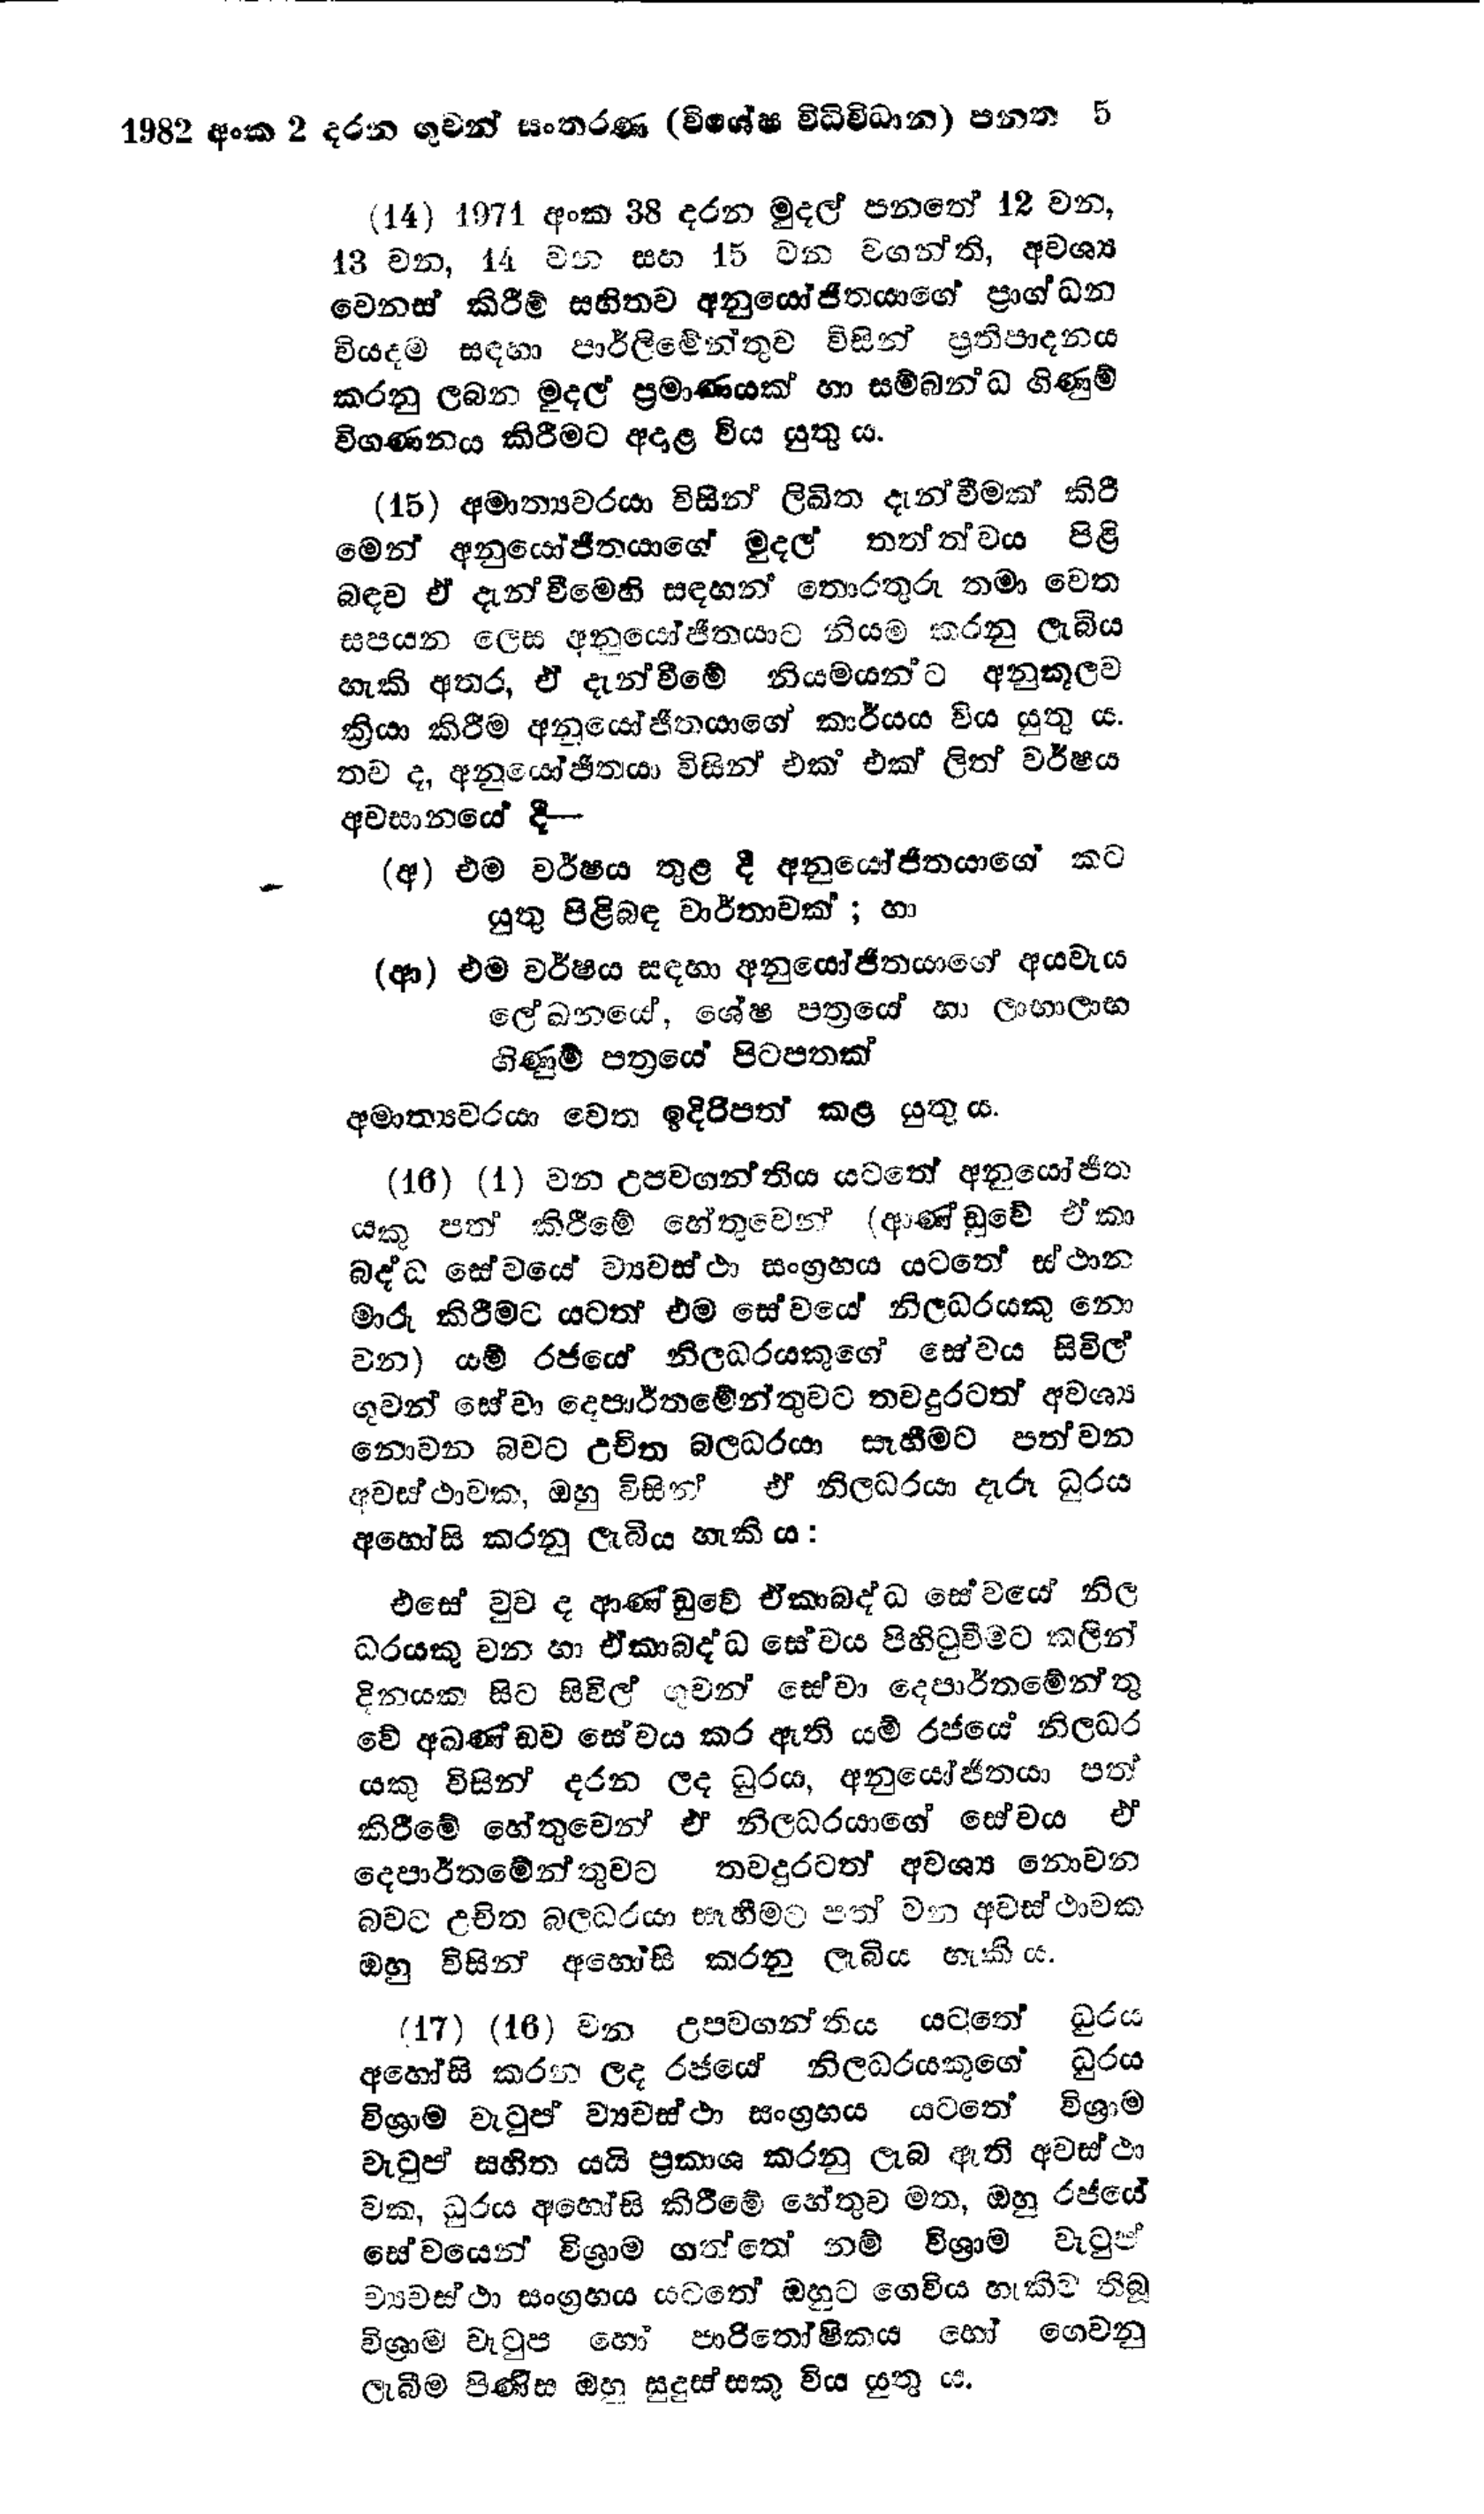
1982 අංක 2 දරන ගුවන් සංතරණ (විශේෂ විධිවිධාන) පනත 5

(14) 1971 අංක 38 දරන මුදල් පනතේ 12 වන,
13 වන, 14 වන සහ 15 වන වගන්ති, අවශ්‍ය
වෙනස් කිරීම් සහිතව අනුයෝජිතයාගේ ප්‍රාග්ධන
වියදම සඳහා පාර්ලිමේන්තුව විසින් ප්‍රතිපාදනය
කරනු ලබන මුදල් ප්‍රමාණයක් හා සම්බන්ධ ගිණුම්
විගණනය කිරීමට අදාළ විය යුතු ය.

(15) අමාත්‍යවරයා විසින් ලිඛිත දැන්වීමක් කිරී
මෙන් අනුයෝජිතයාගේ මුදල් තත්ත්වය පිළි
බඳව ඒ දැන්වීමෙහි සඳහන් තොරතුරු තමා වෙත
සපයන ලෙස අනුයෝජිතයාට නියම කරනු ලැබිය
හැකි අතර, ඒ දැන්වීමේ නියමයන්ට අනුකූලව
ක්‍රියා කිරීම අනුයෝජිතයාගේ කාර්යය විය යුතු ය.
තව ද, අනුයෝජිතයා විසින් එක් එක් ලිත් වර්ෂය
අවසානයේ දී-

(අ) එම වර්ෂය තුළ දී අනුයෝජිතයාගේ කට
යුතු පිළිබඳ වාර්තාවක්'; හා

(ආ) එම වර්ෂය සඳහා අනුයෝජිතයාගේ අයවැය
ලේඛනයේ, ශේෂ පත්‍රයේ හා ලාභාලාභ
ගිණුම් පත්‍රයේ පිටපතක්

අමාත්‍යවරයා වෙත ඉදිරිපත් කළ යුතුය.

(16) (1) වන උපවගන්තිය යටතේ අනුයෝජිත
යකු පත් කිරීමේ හේතුවෙන් (ආණ්ඩුවේ ඒකා
බද්ධ සේවයේ ව්‍යවස්ථා සංග්‍රහය යටතේ ස්ථාන
මාරු කිරීමට යටත් එම සේවයේ නිලධරයකු නො
වන) යම් රජයේ නිලධරයකුගේ සේවය සිවිල්
ගුවන් සේවා දෙපාර්තමේන්තුවට තවදුරටත් අවශ්‍ය
නොවන බවට උචිත බලධරයා සෑහීමට පත්වන
අවස්ථාවක, ඔහු විසින් ඒ නිලධරයා දැරූ ධුරය
අහෝසි කරනු ලැබිය හැකිය:

එසේ වුව ද ආණ්ඩුවේ ඒකාබද්ධ සේවයේ නිල
ධරයකු වන හා ඒකාබද්ධ සේවය පිහිටුවීමට කලින්
දිනයක සිට සිවිල් ගුවන් සේවා දෙපාර්තමේන්තු
වේ අඛණ්ඩව සේවය කර ඇති යම් රජයේ නිලධර
යකු විසින් දරන ලද ධුරය, අනුයෝජිතයා පත්
කිරීමේ හේතුවෙන් ඒ නිලධරයාගේ සේවය ඒ
දෙපාර්තමේන්තුවට තවදුරටත් අවශ්‍ය නොවන
බවට උචිත බලධරයා සෑහීමට පත් වන අවස්ථාවක
ඔහු විසින් අහෝසි කරනු ලැබිය හැකි ය.

(17) (16) වන උපවගන්තිය යටතේ ධුරය
අහෝසි කරන ලද රජයේ නිලධරයකුගේ ධුරය
විශ්‍රාම වැටුප් ව්‍යවස්ථා සංග්‍රහය යටතේ විශ්‍රාම
වැටුප් සහිත යයි ප්‍රකාශ කරනු ලැබ ඇති අවස්ථා
වක, ධුරය අහෝසි කිරීමේ හේතුව මත, ඔහු රජයේ
සේවයෙන් විශ්‍රාම ගත්තේ නම් විශ්‍රාම වැටුප්
ව්‍යවස්ථා සංග්‍රහය යටතේ ඔහුට ගෙවිය හැකිව තිබූ
විශ්‍රාම වැටුප හෝ පාරිතෝෂිකය හෝ ගෙවනු
ලැබීම පිණිස ඔහු සුදුස්සකු විය යුතු ය.